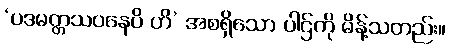
‘ပဒမတ္တသဝနေပိ ဟိ’ အစရှိသော ပါဌ်ကို မိန့်သတည်း။